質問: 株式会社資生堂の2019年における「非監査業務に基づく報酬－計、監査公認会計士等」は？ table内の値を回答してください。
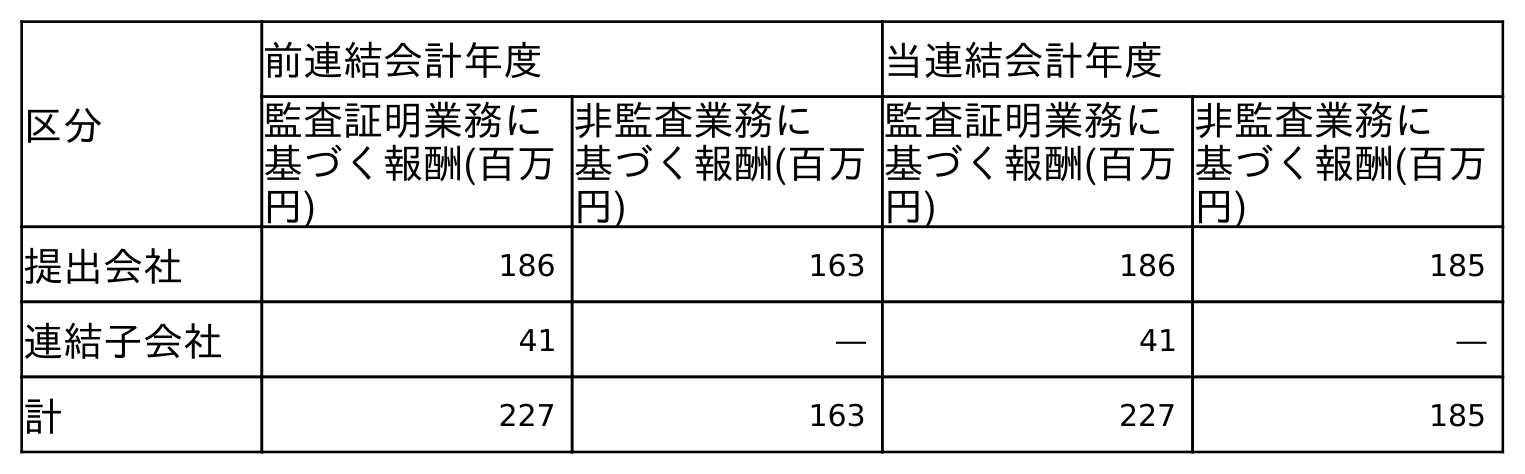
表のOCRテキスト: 区分 前連結会計年度 当連結会計年度 監査証明業務に 基づく報酬(百万 円) 非監査業務に 基づく報酬(百万 円) 監査証明業務に 基づく報酬(百万 円) 非監査業務に 基づく報酬(百万 円) 提出会社 186 163 186 185 連結子会社 41 ― 41 ― 計 227 163 227 185
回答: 163